Report on horse surra - Volume I
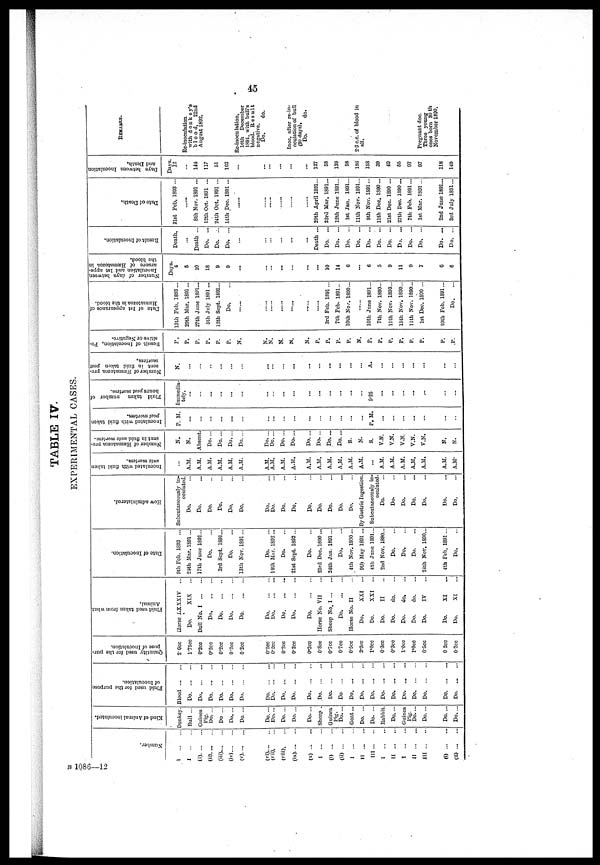
B 1086—12
45
TABLE IV.
EXPERIMENTAL CASES.
Number.
I ... ...
I
...
...
(i). ... ...
(ii).
....
(iii).
(iv)
(v). ... ...
(vi). ...
(vi). ...
(viii).
...
(ix).
...
(x) ...
...
I
(i)
(ii)
I
II
III
I
II
I
II
III
(i)
(ii)
Kind of Animal inoculated.
Donkey.
Bull ...
Guinea
Pig.
Do. ... ...
Do ...
Do. ...
Do. ...
Do. ...
Do. ...
Do....
Do....
Do....
Sheep .
Guinea
Pig.
Do. ...
Goat...
Do. ...
Do. ...
Rabbit.
Do....
Guinea
Pig.
Do....
Do. ...
Do....
Do....
Fluid used for the purpose
of Inoculation.
Blood
Do
Do
Do
Do
Do
Do. ...
Do
Do
Do
Do. ...
Do. ...
Do
Do. ...
Do
Do
Do
Do
Do
Do
Do.
Do
Do
Do
Do
Quantity used for the pur-
pose of Inoculation.
2.0cc
l.75cc
0'2cc
0.2cc
0'2cc
0.2cc
0.2cc
0.2cc
0.2cc
0.2cc
0.2cc
0.2cc
0.8cc
0.7cc
0.7cc
0.5cc
2.3cc
1.0cc
0.3cc
0.3cc
1.0cc
1.0cc
0.5cc
0 2cc
0.2cc
Fluid used taken from what
Animal.
Horse LXXXIV ...
Do.
XIX
...
Bull No. I
Do
Do
Do.
Do.
...
Do
Do
Do.
...
Do
Do.
Horse No. VII
Sheep No, I
Do
Horse No. II
Do.
XXI
...
Do.
XXI
...
Do.
II
Do.
do.
Do.
do.
.:.
Do.
do.
Do.
IV
Do.
XI
Do.
XI
Date of Inoculation.
9th Feb. 1S93 ...
21th Mar. 1891...
17th June 1891...
Do.
3rd Sept. 1891...
Do.
13th Nov. 1891...
Do.
14th Mar. 1892...
Do.
21st Sept. 1892...
Do.
23rd Dec. 1890...
24th Jan. 1891...
Do.
4th Nov. 1890 ...
9th May 1891...
4th June 1891...
2nd Nov. 1890...
Do.
Do.
Do.
24th Nov. 1890...
4th Feb. 1891...
Do.
How administered.
Subcutaneously in-
oculated.
Do.
Do.
Do.
Do.
Do.
Do.
Do.
Do.
Do.
Do.
Do.
Do.
Do.
Do.
Do.
By Gastric Ingestion.
Subcutaneously in-
Do.
Do.
Do.
Do.
Do.
Do.
Do.
Inoculated with fluid taken
ante mortem.
...
A.M.
A.M.
A.M.
A.M.
A.M.
A.M.
A.M.
A.M.
A.M.
A.M.
A.M.
A.M.
A.M.
A.M.
A.M.
A.M.
...
A.M.
A.M.
A.M.
A,M,
A.M.
A.M.
A.M.
Number of Hæmatozoa pre-
sent in fluid ante mortem.
N.
N.
Absent.
Do....
Do. ...
Do....
Do. ...
Do....
Do....
Do....
Do. ...
Do....
Do....
Do....
Do....
S.
N.
S.
V.N.
V.N.
V.N.
V.N.
V.N.
N.
N.
Inoculated with fluid taken
postmortem.
P. M.
...
.
...
...
...
...
...
...
...
...
...
...
P.M.
...
...
...
...
...
...
Fluid taken number of
hours post mortem.
Immedia-tely. ...
...
...
...
...
...
...
...
...
...
...
...
...
5.25
...
...
...
...
...
...
...
Number of Hæmatozoa pre-
sent in fluid taken post
mortem.
N.
...
...
..
...
...
...
...
...
...
...
...
...
...
...
A.
...
...
...
...
...
...
...
Result of Inoculation, Po-
sitive or Negative.
P.
P.
P.
P.
P.
P.
N.
N.
N.
N.
N.
N.
P.
P.
P.
P.
N.
P.
P.
P.
P.
P.
P.
P.
P.
Date of 1st appearance of
Hæmatozoa
in the blood.
13th Feb. 1893...
29th Mar. 1891...
27th June 1891...
5th July 1891 ...
12th Sept. 1891...
Do.
......
3rd Feb. 1891...
7th Feb. 1891..
10th Nov 1890...
10th June 1891...
7th Nov. 1890...
11th Nov. 1890...
13th Nov. 1890...
11th Nov. 1890...
1st Dec. 1890 ...
10th Feb. 1891...
Do.
Number of days between
Inoculation and 1st appe-
arance of Hæmatozoa in
the blood.
Days.
4
5
10
18
9
9
...
...
...
...
...
...
10
14
6
...
6
5
9
11
9
7
0
6
Result of Inoculation.
Death
...
Death ...
Do. ...
Do. ...
Do. ...
...
...
...
...
...
Death ...
Do. ...
Do. ...
Do. ...
Do. ...
Do. ...
Do. ...
Do. ...
Do. ...
Do. ...
Do. ...
Do. ...
Do. ...
Date of Death.
21st Feb. 1893 ...
......
8th Nov. 1891 ...
12th Oct. 1891 ...
24th Oct. 1891 ...
14th Dec. 1891...
29th April 1891...
23rd Mar. 1891...
12th June 1891...
1st Jan. 1891...
11th Nov. 1891...
9th Nov. 1891...
11th Dec. 1S90...
21st Dec. 1890 ...
27th Dec. 1890...
7th Feb. 1891...
1st Mar. 1891...
2nd June 1891...
3rd July 1891...
Days between Inoculation
and Death.
Days.
12
...
144
117
61
102
...
...
...
...
...
127
58
139
58
186
15S
39
49
55
97
97
118
149
REMARKS.
Re-inoculation
with donkey's
blood,
22nd
August 1892.
Re-inoculation,
16th December
1891, with bull's
blood. Result
negative.
Do.
do.
Inoc. after re-in-
oculation of bull
(30 days).
Do.
do.
2.3 c.c. of blood in
all.
Pregnant doc.
Three young
ones born 30 th
November 1890.